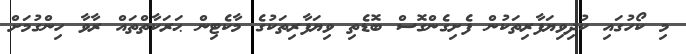
މި ކޯހުގައި ކުދިވިޔަފާރިތަކުން ފެށިގެންގޮސް ބޮޑެތި ވިޔަފާރިތަކުގެ މާކެޓިން ޙަރަކާތްތައް ރާވާ ހިންގުމަށް